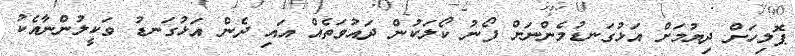
ޕޮލިހަށް ދިޔުމަށް އަޅުގަނޑުމެންނަށް ފޯނު ކޯލަކުން ދައުވަތެއް އައި ދެން އަޅުގަނޑު ވަކީލުންނާއެކު